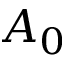
A _ { 0 }